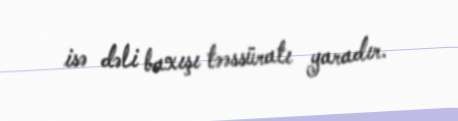
isə dəli baxışı təəssüratı yaradır.